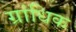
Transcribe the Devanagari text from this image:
ग्रांधिक